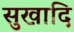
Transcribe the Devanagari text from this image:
सुखादि